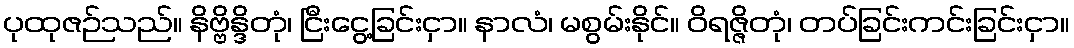
ပုထုဇဉ်သည်။ နိဗ္ဗိန္ဒိတုံ၊ ငြီးငွေ့ခြင်းငှာ။ နာလံ၊ မစွမ်းနိုင်။ ဝိရဇ္ဇိတုံ၊ တပ်ခြင်းကင်းခြင်းငှာ။